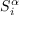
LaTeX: S _ { i } ^ { \alpha }